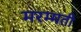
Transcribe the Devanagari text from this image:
मरम्‍मती